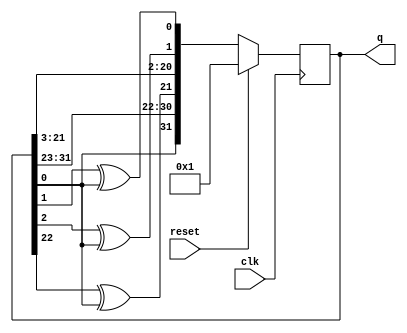
module top_module(
    input clk,
    input reset,    // Active-high synchronous reset to 32'h1
    output [31:0] q
); 
     always @(posedge clk)begin
        if(reset)
            q <= 32'h1;
         else
             q <= {q[0], q[31:23], q[22]^q[0], q[21:3], q[2]^q[0], q[1]^q[0]};
     end
endmodule